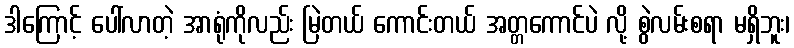
ဒါကြောင့် ပေါ်လာတဲ့ အာရုံကိုလည်း မြဲတယ် ကောင်းတယ် အတ္တကောင်ပဲ လို့ စွဲလမ်းစရာ မရှိဘူး၊